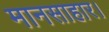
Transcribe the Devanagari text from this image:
मानसाहार।